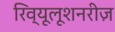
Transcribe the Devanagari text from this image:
रिव्यूलूशनरीज़